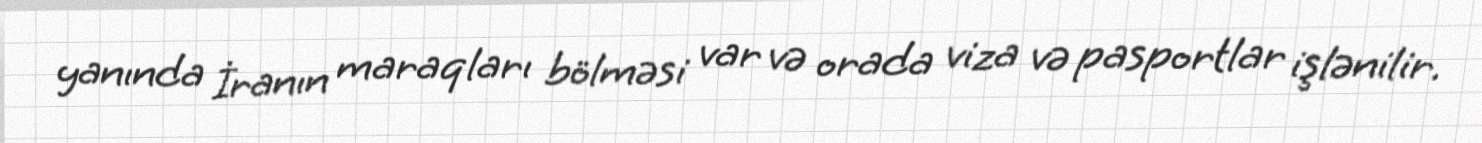
yanında İranın maraqları bölməsi var və orada viza və pasportlar işlənilir.